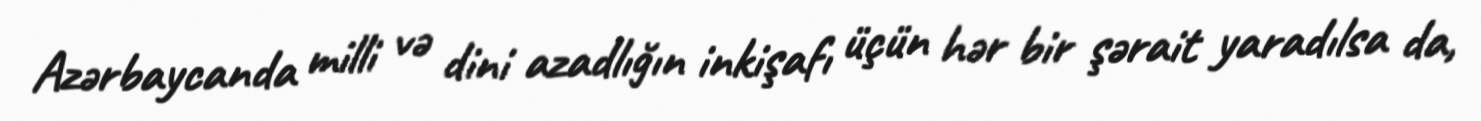
Azərbaycanda milli və dini azadlığın inkişafı üçün hər bir şərait yaradılsa da,